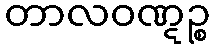
တာလဝဏ္ဋဉ္စ